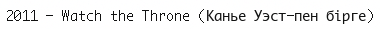
2011 — Watch the Throne (Канье Уэст-пен бірге)